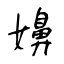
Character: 嬶